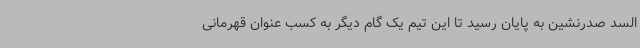
السد صدرنشین به پایان رسید تا این تیم یک گام دیگر به کسب عنوان قهرمانی